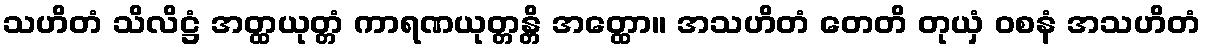
သဟိတံ သိလိဋ္ဌံ အတ္ထယုတ္တံ ကာရဏယုတ္တန္တိ အတ္ထော။ အသဟိတံ တေတိ တုယှံ ဝစနံ အသဟိတံ